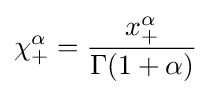
\chi _{+}^{\alpha }={\frac {x_{+}^{\alpha }}{\Gamma (1+\alpha )}}